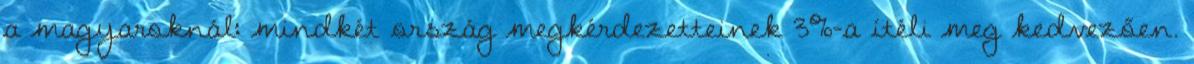
a magyaroknál: mindkét ország megkérdezetteinek 3%-a ítéli meg kedvezően.